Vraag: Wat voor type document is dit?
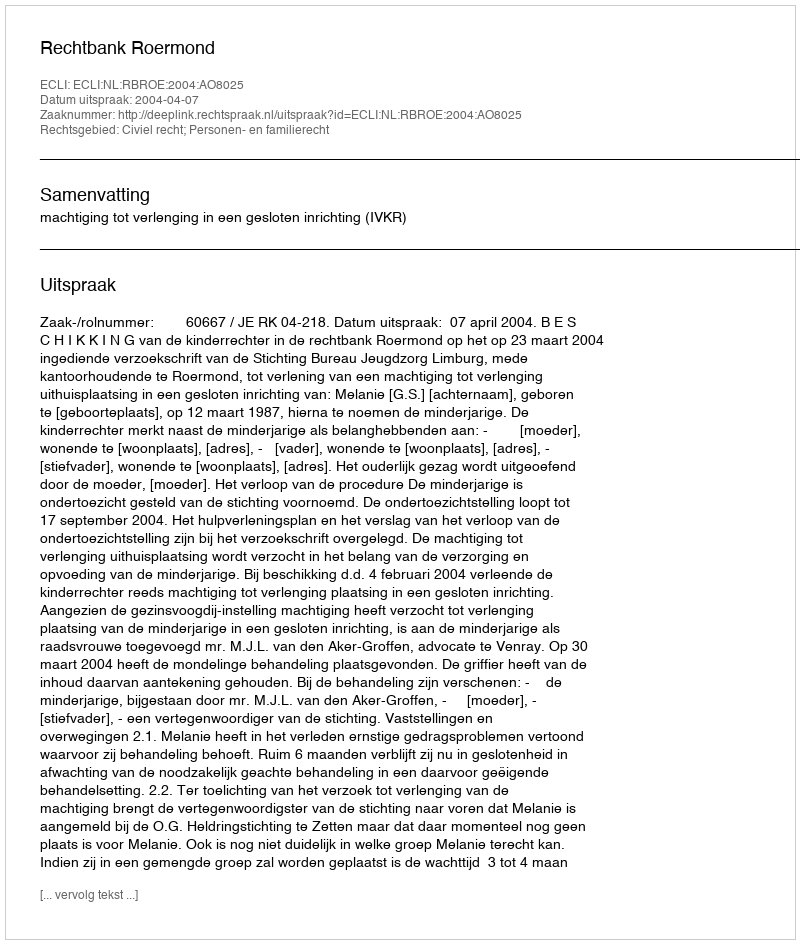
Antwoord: Uitspraak